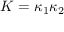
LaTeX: K = \kappa _ { 1 } \kappa _ { 2 }